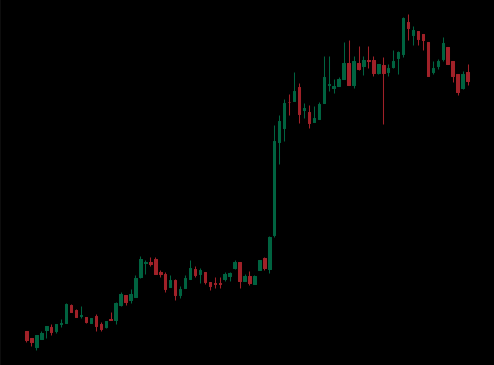
Pattern: bear_flag